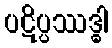
ပဋိပ္ပဿဒ္ဓါ